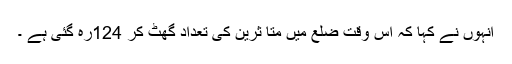
انہوں نے کہا کہ اس وقت ضلع میں متا ثرین کی تعداد گھٹ کر 124رہ گئی ہے ۔